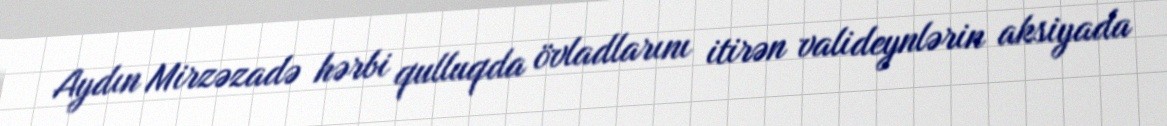
Aydın Mirzəzadə hərbi qulluqda övladlarını itirən valideynlərin aksiyada